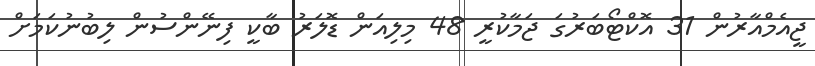
ޖީއެމްއާރުން 31 އޮކްޓޯބަރުގަ ޖަމާކުރީ 48 މިލިއަން ޑޮލަރު ބާކީ ފިނޭންސުން ލިބުނުކަމަށް